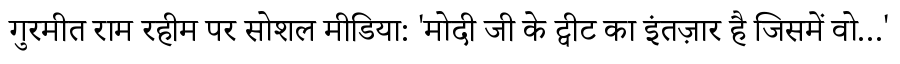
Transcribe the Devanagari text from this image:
गुरमीत राम रहीम पर सोशल मीडिया: 'मोदी जी के ट्वीट का इंतज़ार है जिसमें वो...'